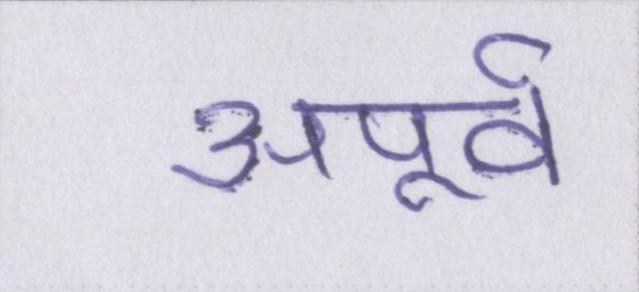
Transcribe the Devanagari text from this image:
अपूर्व